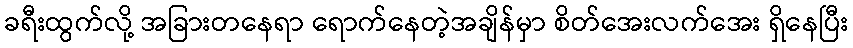
ခရီးထွက်လို့ အခြားတနေရာ ရောက်နေတဲ့အချိန်မှာ စိတ်အေးလက်အေး ရှိနေပြီး